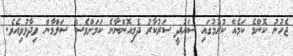
ޖެހުނު ކޮންމެ ކަމެއް ކުރުމުގައި ސައުދީ ސަރުކާރު ދެމިއޮންނާނެ ކަމަށްވެސް ސަލްމާން ވިދާޅުވިއެވެ.